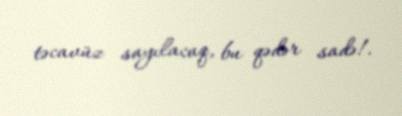
təcavüz sayılacaq, bu qədər sadə!.